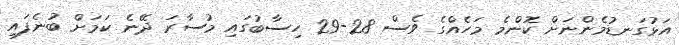
އަޅުގަނޑުމެންނަށް ކޮންމެ މަހެއްގެ ވެސް 28-29 ހިސާބުގައި މުސާރަ ދޭނެ ކަމަށް ބުނެފައި